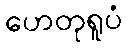
ဟေတုရူပံ